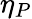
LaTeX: \eta_{P}